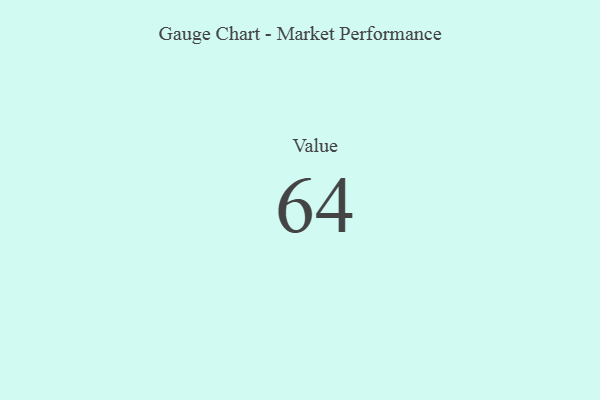
{"axis": {"x": "Metric", "y": "Value"}, "legend": [""], "data": [{"x": "Value", "y": 64, "type": ""}]}